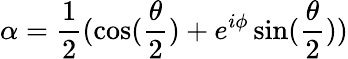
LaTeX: \alpha=\frac{1}{2}(\cos(\frac{\theta}{2})+e^{i\phi}\sin(\frac{\theta}{2}))